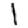
Digit: 1